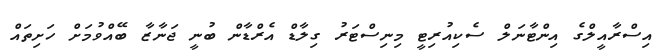
އިސްރާއީލްގެ އިންޓާނަލް ސެކިއުރިޓީ މިނިސްޓަރު ގިލާޑް އެރްޑާން ބުނީ ޖަނާޒާ ބޭއްވުމަށް ހަށިތައް